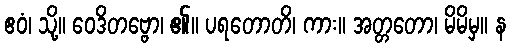
ဧဝံ၊ သို့။ ဝေဒိတဗ္ဗော၊ ၏။ ပရတောတိ၊ ကား။ အတ္တတော၊ မိမိမှ။ န